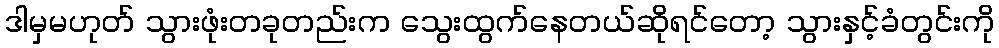
ဒါမှမဟုတ် သွားဖုံးတခုတည်းက သွေးထွက်နေတယ်ဆိုရင်တော့ သွားနှင့်ခံတွင်းကို